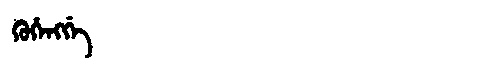
Manchu: ᡴᡠᡥᡝᠩᡤᡝ
Romanization: KUHENGGE